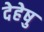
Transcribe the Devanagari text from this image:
देहेषु